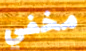
مخفي